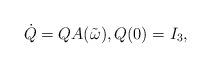
LaTeX: \begin{align*} \dot Q = Q A(\tilde \omega), Q(0) = I_{3},\end{align*}